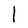
Character: I